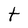
Character: t